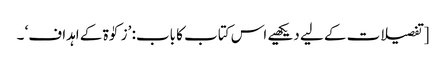
[تفصیلات کے لیے دیکھیے اس کتاب کا باب: ’زکوٰۃ کے اہداف‘ ۔